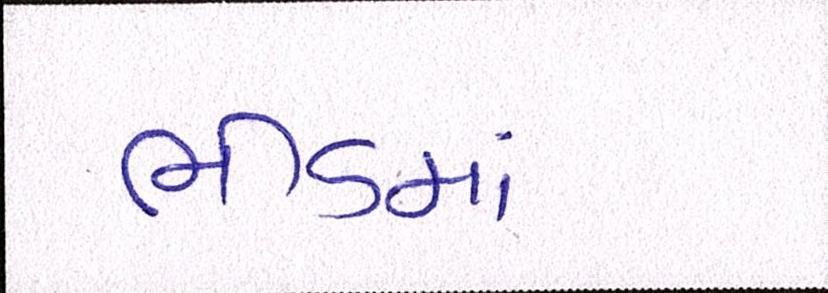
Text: ભીડમાં